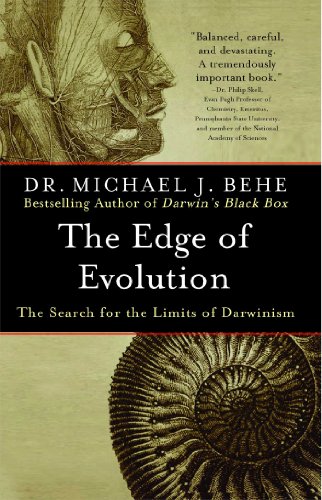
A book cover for The Edge of Evolution: The Search for the Limits of Darwinism; Michael J. Behe; Science & Math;